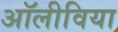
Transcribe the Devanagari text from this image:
अॉलीविया